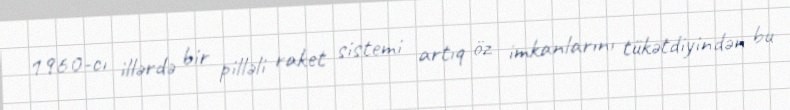
1960-cı illərdə bir pilləli raket sistemi artıq öz imkanlarını tükətdiyindən bu